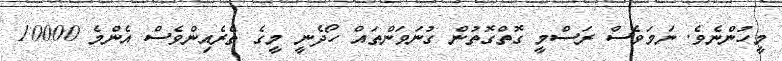
މީހުންނެވެ. ނަމަވެސް ރަސްމީ ގޮތްގޮތުން ގުނަވަންތައް ހޯދެނީ މީގެ ތެރެއިންވެސް އެންމެ 10000